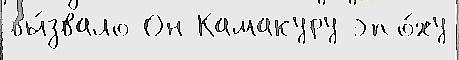
вы́звало Он Камакуру эпо́ху